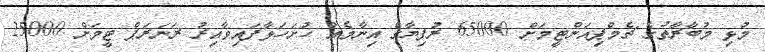
މުޅި މުބާރާތުގެ ޗެމްޕިއަންޓީމަށް 65000 ރުފިޔާގެ އިނާމެއް ހުށަހަޅާފައިވާއިރު ރަނަރަޕް ޓީމަށް 25000